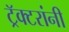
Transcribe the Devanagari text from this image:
ट्रॅक्टरांनी